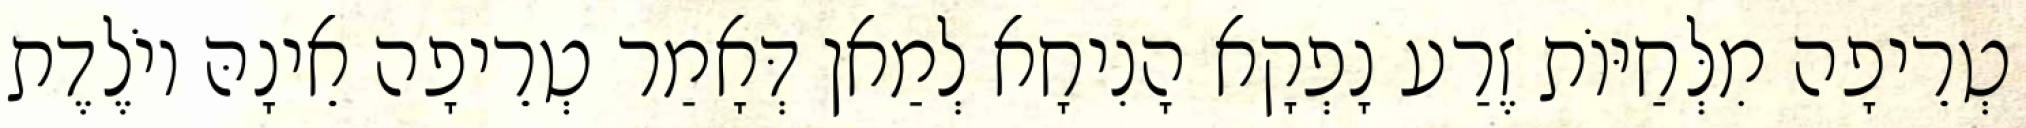
טְרֵיפָה מִלְּחַיּוֹת זֶרַע נָפְקָא הָנִיחָא לְמַאן דְּאָמַר טְרֵיפָה אֵינָהּ יוֹלֶדֶת